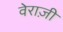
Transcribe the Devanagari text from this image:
वेराज़ी